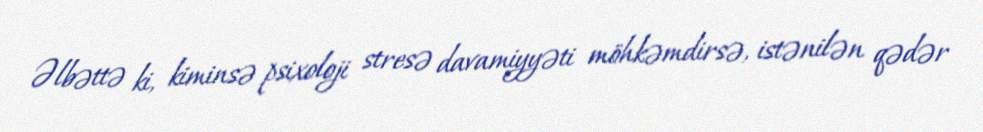
Əlbəttə ki, kiminsə psixoloji stresə davamiyyəti möhkəmdirsə, istənilən qədər